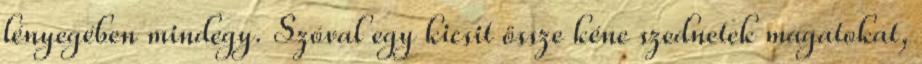
lényegében mindegy. Szóval egy kicsit össze kéne szednetek magatokat,